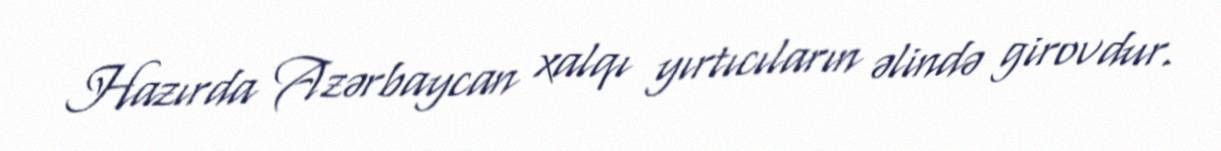
Hazırda Azərbaycan xalqı yırtıcıların əlində girovdur.